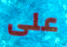
على